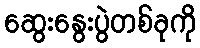
ဆွေးနွေးပွဲတစ်ခုကို